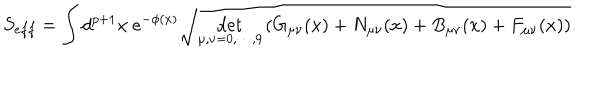
LaTeX: S _ { e f f } = \int d ^ { p + 1 } x ~ e ^ { - \phi ( x ) } \sqrt { \det _ { \mu , \nu = 0 , \cdots , 9 } \left( G _ { \mu \nu } ( x ) + N _ { \mu \nu } ( x ) + B _ { \mu \nu } ( x ) + F _ { \mu \nu } ( x ) \right) } .